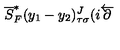
\overline { { S } } _ { F } ^ { * } ( y _ { 1 } - y _ { 2 } ) _ { \tau \sigma } ^ { J } ( i \overleftarrow { { \bf \partial } }